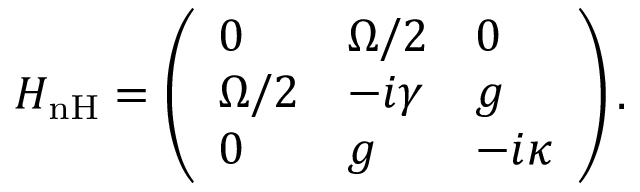
H _ { \mathrm { { n H } } } = \left( \begin{array} { l l l } { 0 } & { \Omega / 2 } & { 0 } \\ { \Omega / 2 } & { - i \gamma } & { g } \\ { 0 } & { g } & { - i \kappa } \end{array} \right) .